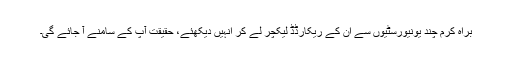
براہ کرم چند یونیورسٹیوں سے ان کے ریکارڈڈ لیکچر لے کر انہیں دیکھئے، حقیقت آپ کے سامنے آ جائے گی۔